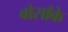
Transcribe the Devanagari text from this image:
बोसाँके